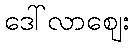
ဒေါ်လာဈေး